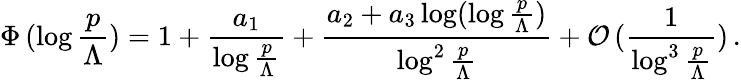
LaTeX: \Phi\, (\log\frac{p}{\Lambda})=1+\frac{a_{1}}{\log\frac{p}{\Lambda}}+\frac{a_{2}+a_{3}\log(\log\frac{p}{\Lambda})}{\log^{2}\frac{p}{\Lambda}}+\mathcal{O}\, (\frac{1}{\log^{3}\frac{p}{\Lambda}})\, .